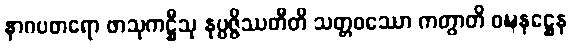
နာဂပစာရော ဖာသုကဋ္ဌီသု နုပ္ပဇ္ဇိဿတီတိ သတ္တဝဿော ကတွာတိ ဝဍ္ဎနဋ္ဌေန